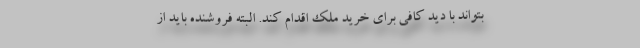
بتواند با دید کافی برای خرید ملک اقدام کند. البته فروشنده باید از